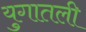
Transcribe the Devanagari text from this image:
युगातली